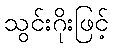
သွင်းဂိုးဖြင့်